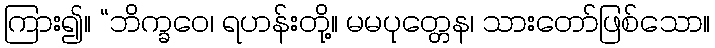
ကြား၍။ “ဘိက္ခဝေ၊ ရဟန်းတို့။ မမပုတ္တေန၊ သားတော်ဖြစ်သော။